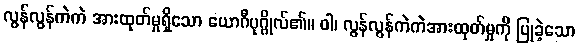
လွန်လွန်ကဲကဲ အားထုတ်မှုရှိသော ယောဂီပုဂ္ဂိုလ်၏။ ဝါ၊ လွန်လွန်ကဲကဲအားထုတ်မှုကို ပြုခဲ့သော